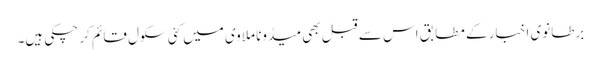
برطانوی اخبار کے مطابق اس سے قبل بھی میڈونا ملاوی میں کئی سکول قائم کر چکی ہیں۔